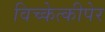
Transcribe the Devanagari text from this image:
विच्केत्कीपेर